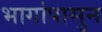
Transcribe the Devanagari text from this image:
भागांपासुन